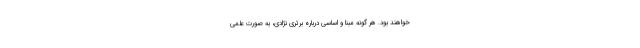
خواهند بود. هر گونه مبنا و اساسی درباره برتری نژادی، به صورت علمی